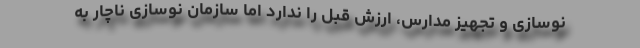
نوسازی و تجهیز مدارس، ارزش قبل را ندارد اما سازمان نوسازی ناچار به